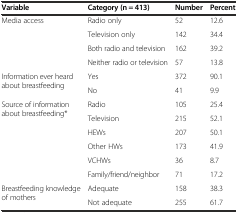
<table><thead><tr><td><b>Variable</b></td><td><b>Category (n = 413)</b></td><td><b>Number</b></td><td><b>Percent</b></td></tr></thead><tbody><tr><td rowspan="4">Media access</td><td>Radio only</td><td>52</td><td>12.6</td></tr><tr><td>Television only</td><td>142</td><td>34.4</td></tr><tr><td>Both radio and television</td><td>162</td><td>39.2</td></tr><tr><td>Neither radio or television</td><td>57</td><td>13.8</td></tr><tr><td rowspan="2">Information ever heard about breastfeeding</td><td>Yes</td><td>372</td><td>90.1</td></tr><tr><td>No</td><td>41</td><td>9.9</td></tr><tr><td rowspan="6">Source of information about breastfeeding*</td><td>Radio</td><td>105</td><td>25.4</td></tr><tr><td>Television</td><td>215</td><td>52.1</td></tr><tr><td>HEWs</td><td>207</td><td>50.1</td></tr><tr><td>Other HWs</td><td>173</td><td>41.9</td></tr><tr><td>VCHWs</td><td>36</td><td>8.7</td></tr><tr><td>Family/friend/neighbor</td><td>71</td><td>17.2</td></tr><tr><td rowspan="2">Breastfeeding knowledge of mothers</td><td>Adequate</td><td>158</td><td>38.3</td></tr><tr><td>Not adequate</td><td>255</td><td>61.7</td></tr></tbody></table>